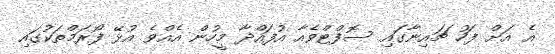
އެ އަށް ފަހު ޗައިނާގައި ސޮފްޓްވެއާ އުފައްދާ މީހުން އެއްވެ އުޅޭ ފޯރަމްތަކުގައި